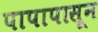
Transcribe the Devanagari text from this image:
पापापासून